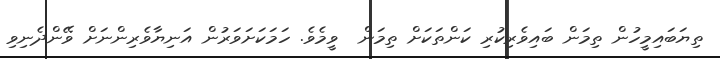
ތިޔަބައިމީހުން ތިމަން ބައިވެރިކުރި ކަންތަކަށް ތިމަން  ވީމެވެ. ހަމަކަށަވަރުން އަނިޔާވެރިންނަށް ވޭންދެނިވި